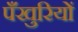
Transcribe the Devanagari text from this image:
पँखुरियों